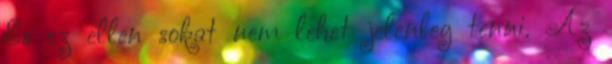
És ez ellen sokat nem lehet jelenleg tenni. Az